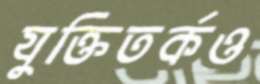
যুক্তিতর্কও